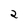
Character: 2